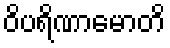
ဝိပရိဏာမောတိ